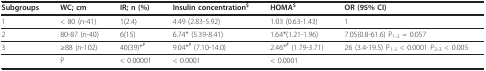
<table><thead><tr><td><b>Subgroups</b></td><td><b>WC; cm</b></td><td><b>IR; n (%)</b></td><td><b>Insulin concentration<sup>$</sup></b></td><td><b>HOMA<sup>$</sup></b></td><td><b>OR (95% CI)</b></td></tr></thead><tbody><tr><td>1</td><td>&lt; 80 (n-41)</td><td>1(2.4)</td><td>4.49 (2.83-5.92)</td><td>1.03 (0.63-1.43)</td><td>1</td></tr><tr><td>2</td><td>80-87 (n-40)</td><td>6(15)</td><td>6.74* (5.39-8.41)</td><td>1.64*(1.21-1.96)</td><td>7.05(0.8-61.6) P<sub>1-2 </sub>= 0.057</td></tr><tr><td>3</td><td>≥88 (n-102)</td><td>40(39)*<sup>#</sup></td><td>9.04*<sup># </sup>(7.10-14.0)</td><td>2.46*<sup># </sup>(1.79-3.71)</td><td>26 (3.4-19.5) P<sub>1-</sub><sub>3</sub> &lt; 0.0001 P<sub>2-3 </sub>&lt; 0.005</td></tr><tr><td></td><td>P</td><td>&lt; 0.00001</td><td>&lt; 0.0001</td><td>&lt; 0.0001</td><td></td></tr></tbody></table>